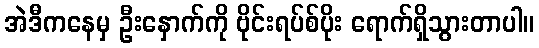
အဲဒီကနေမှ ဦးနှောက်ကို ဗိုင်းရပ်စ်ပိုး ရောက်ရှိသွားတာပါ။